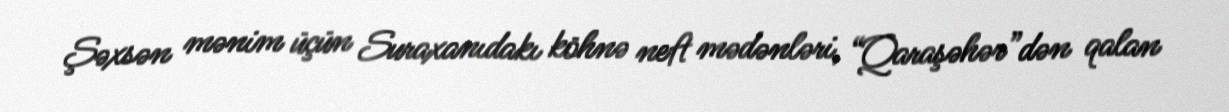
Şəxsən mənim üçün Suraxanıdakı köhnə neft mədənləri, “Qaraşəhər”dən qalan